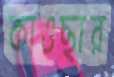
কাওছার